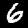
Label: 6